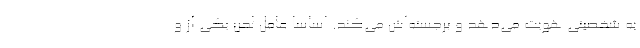
به شخصيتي هويت مي‌دهد و برجسته‌اش مي‌كند. اساسا عامل لحن يكي از و